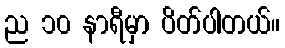
ည ၁၀ နာရီမှာ ပိတ်ပါတယ်။